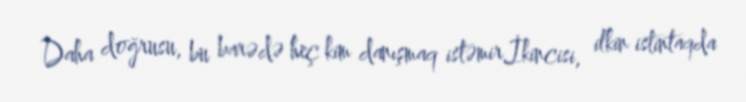
Daha doğrusu, bu barədə heç kim danışmaq istəmir.İkincisi, ilkin istintaqda